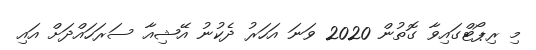
މި ރިޕޯޓްގައިވާ ގޮތުން 2020 ވަނަ އަހަރު ދެކުނު އޭޝިއާ ސަރަހައްދަށް އައި